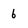
Character: 6